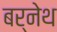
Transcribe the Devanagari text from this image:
बर्नेथ